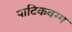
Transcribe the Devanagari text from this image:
पाटिकवग्ग